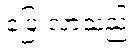
ပြေးလာသည်